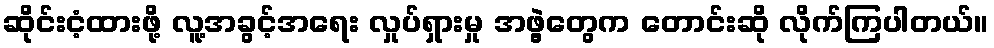
ဆိုင်းငံ့ထားဖို့ လူ့အခွင့်အရေး လှုပ်ရှားမှု အဖွဲ့တွေက တောင်းဆို လိုက်ကြပါတယ်။